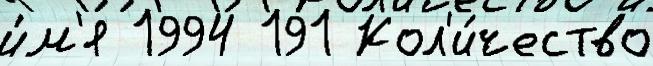
и́м'я 1994 191 Кол'и́чество